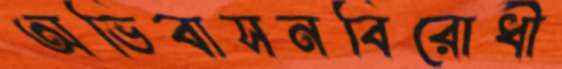
অভিবাসনবিরোধী